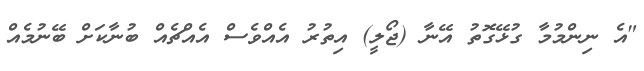
"އެ ނިންމުމާ ގުޅޭގޮތު އޭނާ (ޖޯލީ) އިތުރު އެއްވެސް އެއްޗެއް ބުނާކަށް ބޭނުމެއް